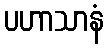
ပဟာသာနံ